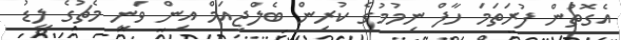
އެގޮތުން ފުރަތަމަ ހާފް ނިމުމުގެ ކުރިން ބެލްޖިއަމް އިން ވަނީ މެޗުގެ ލީޑު